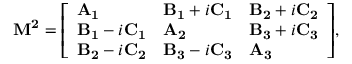
\mathbf { M ^ { 2 } } = { \left[ \begin{array} { l l l } { \mathbf { A _ { 1 } } } & { \mathbf { B _ { 1 } } + i \mathbf { C _ { 1 } } } & { \mathbf { B _ { 2 } } + i \mathbf { C _ { 2 } } } \\ { \mathbf { B _ { 1 } } - i \mathbf { C _ { 1 } } } & { \mathbf { A _ { 2 } } } & { \mathbf { B _ { 3 } } + i \mathbf { C _ { 3 } } } \\ { \mathbf { B _ { 2 } } - i \mathbf { C _ { 2 } } } & { \mathbf { B _ { 3 } } - i \mathbf { C _ { 3 } } } & { \mathbf { A _ { 3 } } } \end{array} \right] } ,